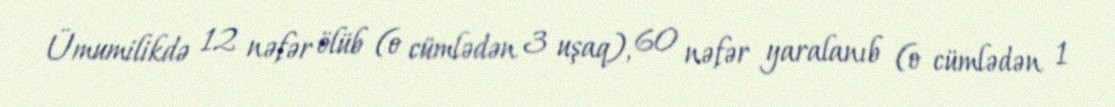
Ümumilikdə 12 nəfər ölüb (o cümlədən 3 uşaq), 60 nəfər yaralanıb (o cümlədən 1